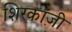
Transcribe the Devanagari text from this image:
शिरकांज़ी